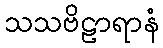
သသဗိဠာရာနံ